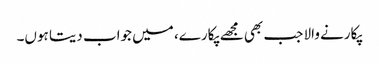
پکارنے والا جب بھی مجھے پکارے، میں جواب دیتا ہوں۔